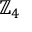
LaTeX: \mathbb { Z } _ { 4 }